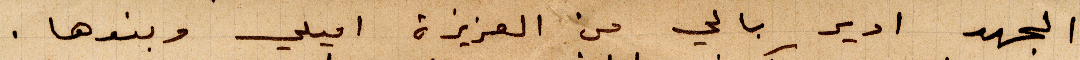
الجهد ادير بالي من العزيزة اميلي وبنوها.